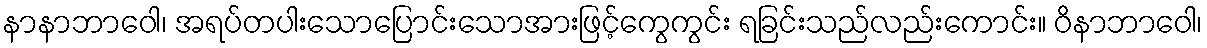
နာနာဘာဝေါ၊ အရပ်တပါးသောပြောင်းသောအားဖြင့်ကွေကွင်း ရခြင်းသည်လည်းကောင်း။ ဝိနာဘာဝေါ၊